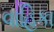
વાહિકા